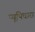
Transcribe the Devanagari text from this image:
प्यूपिधारा